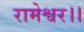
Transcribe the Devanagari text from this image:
रामेश्वर।।